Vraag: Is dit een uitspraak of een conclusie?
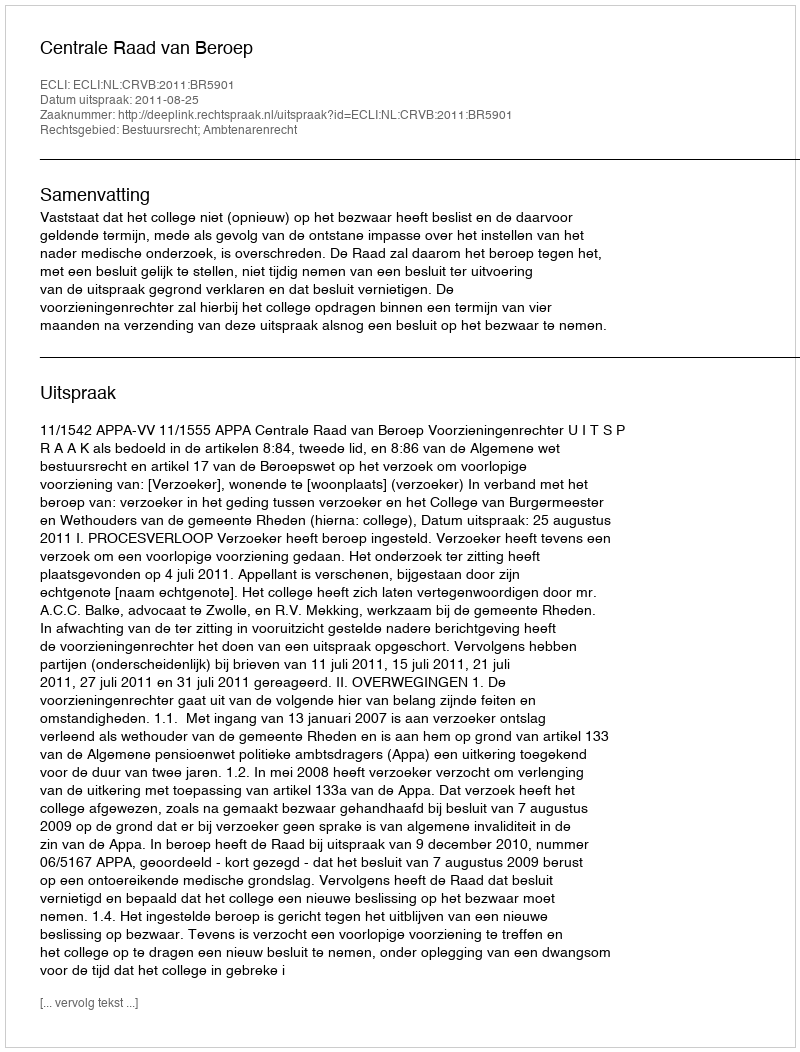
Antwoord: Uitspraak